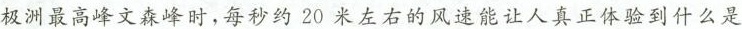
极洲最高峰文森峰时，每秒约20米左右的风速能让人真正体验到什么是